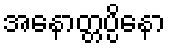
အနောတ္တပ္ပိနော